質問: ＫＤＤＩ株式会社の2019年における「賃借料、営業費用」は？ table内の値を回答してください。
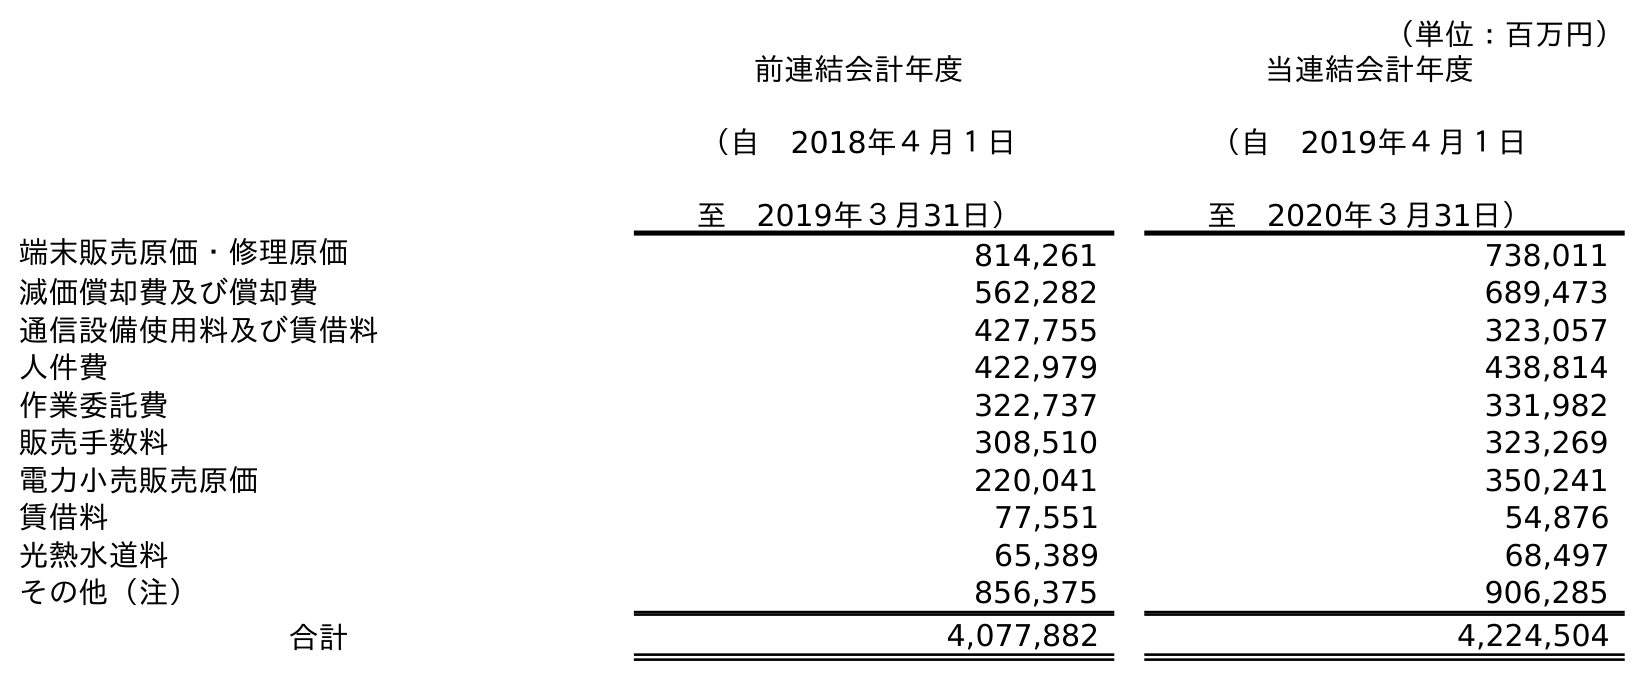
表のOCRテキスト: （単位：百万円） 前連結会計年度 （自 2018年４月１日 至 2019年３月31日） 当連結会計年度 （自 2019年４月１日 至 2020年３月31日） 端末販売原価・修理原価 814,261 738,011 減価償却費及び償却費 562,282 689,473 通信設備使用料及び賃借料 427,755 323,057 人件費 422,979 438,814 作業委託費 322,737 331,982 販売手数料 308,510 323,269 電力小売販売原価 220,041 350,241 賃借料 77,551 54,876 光熱水道料 65,389 68,497 その他（注） 856,375 906,285 合計 4,077,882 4,224,504
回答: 77,551